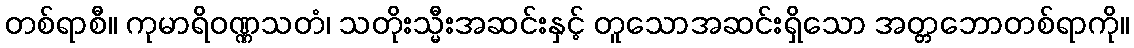
တစ်ရာစီ။ ကုမာရိဝဏ္ဏသတံ၊ သတိုးသ္မီးအဆင်းနှင့် တူသောအဆင်းရှိသော အတ္တဘောတစ်ရာကို။